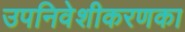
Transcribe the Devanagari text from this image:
उपनिवेशीकरणका